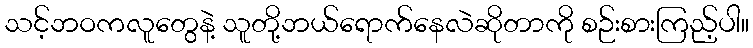
သင့်ဘဝကလူတွေနဲ့ သူတို့ဘယ်ရောက်နေလဲဆိုတာကို စဉ်းစားကြည့်ပါ။